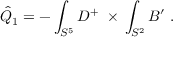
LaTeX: \hat { Q } _ { 1 } = - \int _ { S ^ { 5 } } D ^ { + } \ \times \, \int _ { S ^ { 2 } } B ^ { \prime } \ .